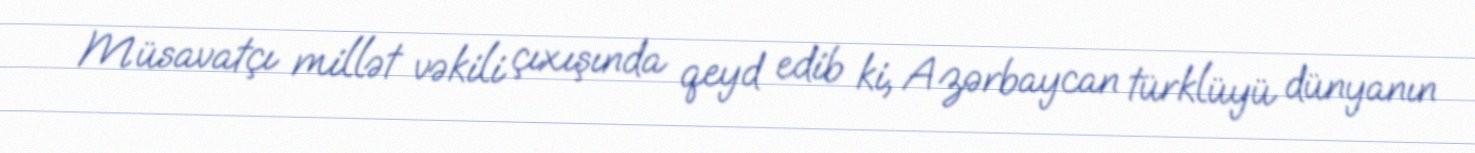
Müsavatçı millət vəkili çıxışında qeyd edib ki, Azərbaycan türklüyü dünyanın